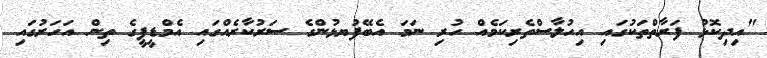
"އިދިކޮޅު ފަރާތްތަކުގައި އިހުލާސްތެރިކަމެއް ހުރި ނަމަ އެބޭފުޔޅުންގެ ސަރުކާރެއްގައި އެމްޑީޕީގެ ތިން އަހަރުގައި